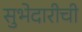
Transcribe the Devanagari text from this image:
सुभेदारीची